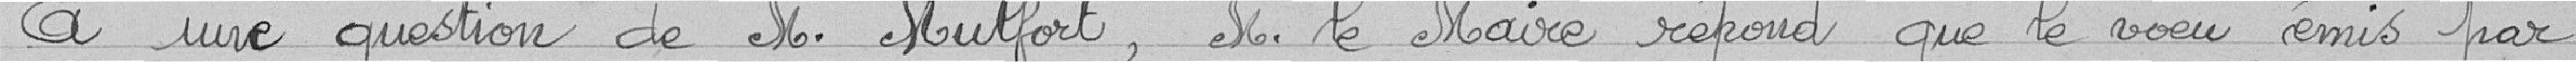
A une question de M. Mulfort, M. le Maire répond que le vœu émis par